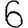
Digit: 6